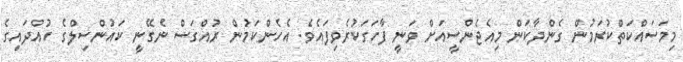
މިމަސައްކަތްކުރަމުން ގެންދާކަން މިއެޖެންސީއަށް ވަނީ ފާހަގަކުރެވިފައެވެ. އެހެންކަމުން ރުއްގަސް ނެގޭނީ ކައުންސިލްގެ ހުއްދައިގެ